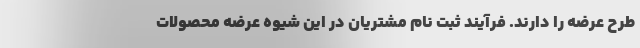
طرح عرضه را دارند. فرآیند ثبت نام مشتریان در این شیوه عرضه محصولات